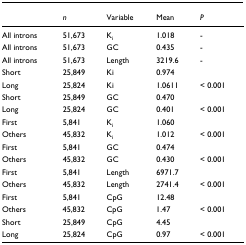
<table><thead><tr><td></td><td><b><i>n</i></b></td><td><b>Variable</b></td><td><b>Mean</b></td><td><b><i>P</i></b></td></tr></thead><tbody><tr><td>All introns</td><td>51,673</td><td>K<sub>i</sub></td><td>1.018</td><td>-</td></tr><tr><td>All introns</td><td>51,673</td><td>GC</td><td>0.435</td><td>-</td></tr><tr><td>All introns</td><td>51,673</td><td>Length</td><td>3219.6</td><td>-</td></tr><tr><td>Short</td><td>25,849</td><td>Ki</td><td>0.974</td><td></td></tr><tr><td>Long</td><td>25,824</td><td>Ki</td><td>1.0611</td><td>&lt; 0.001</td></tr><tr><td>Short</td><td>25,849</td><td>GC</td><td>0.470</td><td></td></tr><tr><td>Long</td><td>25,824</td><td>GC</td><td>0.401</td><td>&lt; 0.001</td></tr><tr><td>First</td><td>5,841</td><td>K<sub>i</sub></td><td>1.060</td><td></td></tr><tr><td>Others</td><td>45,832</td><td>K<sub>i</sub></td><td>1.012</td><td>&lt; 0.001</td></tr><tr><td>First</td><td>5,841</td><td>GC</td><td>0.474</td><td></td></tr><tr><td>Others</td><td>45,832</td><td>GC</td><td>0.430</td><td>&lt; 0.001</td></tr><tr><td>First</td><td>5,841</td><td>Length</td><td>6971.7</td><td></td></tr><tr><td>Others</td><td>45,832</td><td>Length</td><td>2741.4</td><td>&lt; 0.001</td></tr><tr><td>First</td><td>5,841</td><td>CpG</td><td>12.48</td><td></td></tr><tr><td>Others</td><td>45,832</td><td>CpG</td><td>1.47</td><td>&lt; 0.001</td></tr><tr><td>Short</td><td>25,849</td><td>CpG</td><td>4.45</td><td></td></tr><tr><td>Long</td><td>25,824</td><td>CpG</td><td>0.97</td><td>&lt; 0.001</td></tr></tbody></table>